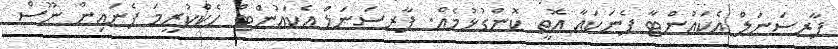
ޕާރސަނަލް އެކައުންޓާ ފެނަކައާ އޮތީ ކޮންގުޅުމެއް. ޕާރސަނަލް އެކައުންޓް ހެކްކުރީމަ ފެނައިން ނޫސް